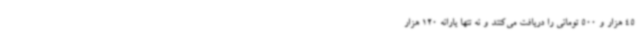
45 هزار و 500 تومانی را دریافت می‌کنند و نه تنها یارانه 120 هزار